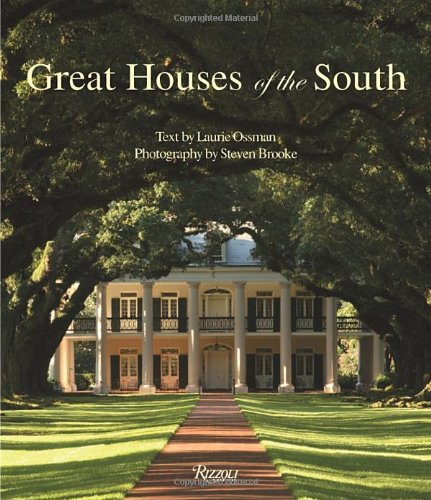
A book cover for Great Houses of the South; Laurie Ossman; Crafts, Hobbies & Home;